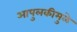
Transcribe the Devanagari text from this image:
आपुलकीमुळे